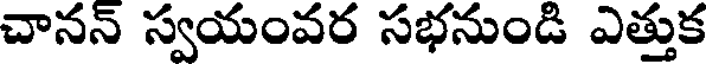
చానన్ స్వయంవర సభనుండి ఎత్తుక